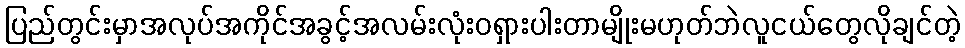
ပြည်တွင်းမှာအလုပ်အကိုင်အခွင့်အလမ်းလုံးဝရှားပါးတာမျိုးမဟုတ်ဘဲလူငယ်တွေလိုချင်တဲ့